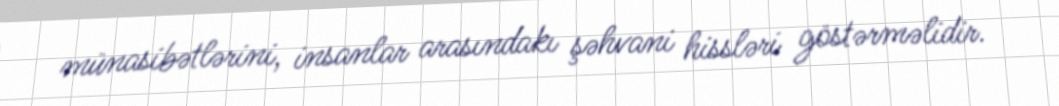
münasibətlərini, insanlar arasındakı şəhvani hissləri göstərməlidir.